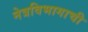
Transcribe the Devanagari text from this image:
नेत्रविभागाची